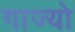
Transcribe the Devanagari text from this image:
गाज्यो